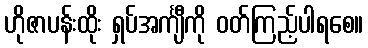
ဟိုဇာပန်းထိုး ရှပ်အင်္ကျီကို ဝတ်ကြည့်ပါရစေ။